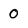
Character: 0